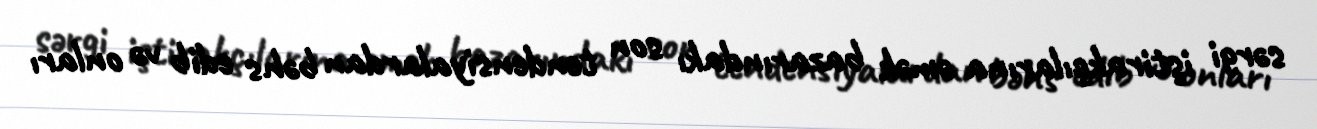
sərgi iştirakçılarına əmək bazarındakı son tendensiyalardan bəhs edib və onları